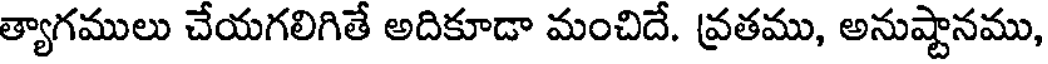
త్యాగములు చేయగలిగితే అదికూడా మంచిదే. వ్రతము, అనుష్టానము,